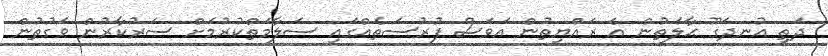
ދަތި އުނދަގޫ ޙާލަތުން އެ ރައްޔިތުން އަވަސް ފުރުސަތެއްގައި ސަލާމަތްކުރުމަށް ސަރުކާރުން ވަގުތުން